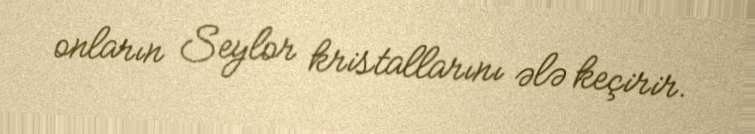
onların Seylor kristallarını ələ keçirir.